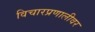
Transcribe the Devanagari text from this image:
विचारप्रणालीवर